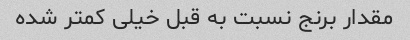
مقدار برنج نسبت به قبل خیلی کمتر شده